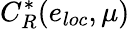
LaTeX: C_{R}^{*}(e_{loc},\mu)